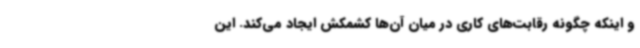
و اینکه چگونه رقابت‌های کاری در میان آن‌ها کشمکش ایجاد می‌کند. این